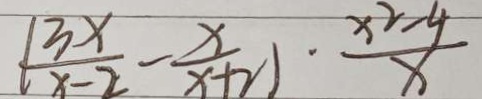
( \frac { 3 x } { x - 2 } - \frac { x } { x + 2 } ) \cdot \frac { x ^ { 2 } - 4 } { x }